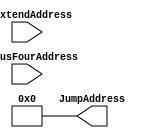
module extendAddress(
    toExtendAddress,
    PCPlusFourAddress,
     JumpAddress
);

	input wire[25:0] toExtendAddress;
	input wire[31:0] PCPlusFourAddress;
	output wire[31:0] JumpAddress;
    assign JumpAddress = {PCPlusFourAddress[31:28], toExtendAddress[25:0],{2{0}}};
	//assign ExtendAddress = {pcPlusFour[31:28], Address[25:0], 2{0}};

endmodule